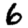
Digit: 6